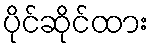
ပိုင်ဆိုင်ထား